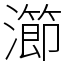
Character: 瀄